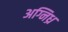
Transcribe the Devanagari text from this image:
अग्निध्र